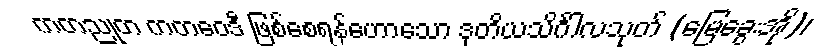
ကတညုတ ကတဝေဒီ ဖြစ်စေရန်ဟောသော ဒုတိယသိင်္ဂါလသုတ် (မြေခွေးအို)၊